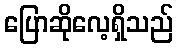
ပြောဆိုလေ့ရှိသည်